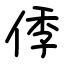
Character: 㑧